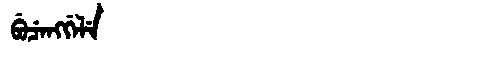
Manchu: ᠪᡠᠴᡝᠩᡤᡝᠯᡝ
Romanization: BUCENGGELE